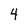
Character: 4